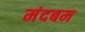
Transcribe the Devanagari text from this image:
मंदबम